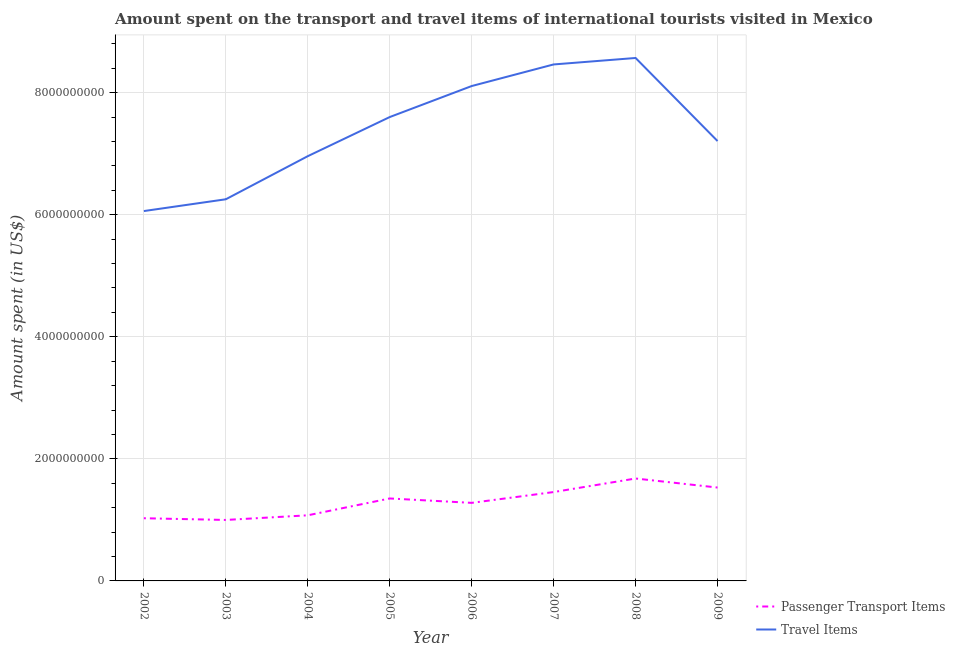
| Year | Passenger Transport Items | Travel Items |
 | --- | --- | --- |
 | 2002 | 1.03e+09 | 6.06e+09 |
 | 2003 | 9.99e+08 | 6.25e+09 |
 | 2004 | 1.08e+09 | 6.96e+09 |
 | 2005 | 1.35e+09 | 7.6e+09 |
 | 2006 | 1.28e+09 | 8.11e+09 |
 | 2007 | 1.46e+09 | 8.46e+09 |
 | 2008 | 1.68e+09 | 8.57e+09 |
 | 2009 | 1.53e+09 | 7.21e+09 |